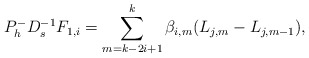
\begin{align*} P_h^{-}D_s^{-1}F_{1,i}=\sum_{m=k-2i+1}^{k}\beta_{i,m}(L_{j,m}-L_{j,m-1}),\end{align*}